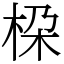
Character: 桗